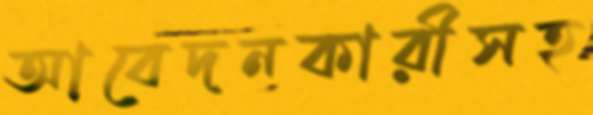
আবেদনকারীসহ